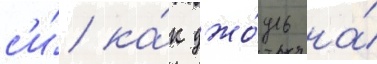
с'и́ ка́к джо́уль на́